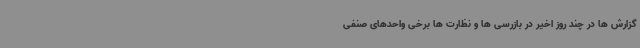
گزارش ها در چند روز اخیر در بازرسی ها و نظارت ها برخی واحدهای صنفی